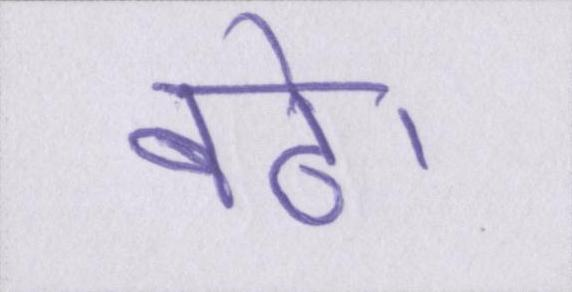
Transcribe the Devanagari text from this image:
बढे।